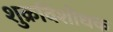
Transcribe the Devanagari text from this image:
शुक्रविशोधक